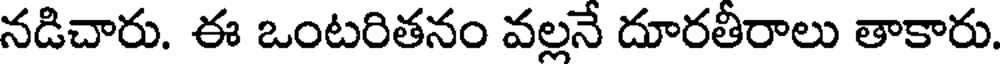
నడిచారు. ఈ ఒంటరితనం వల్లనే దూరతీరాలు తాకారు.